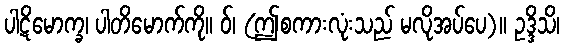
ပါဋိမောက္ခ၊ ပါတိမောက်ကို။ ဝ်၊ (ဤစကားလုံးသည် မလိုအပ်ပေ)။ ဥဒ္ဒိသိ၊